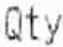
QTY